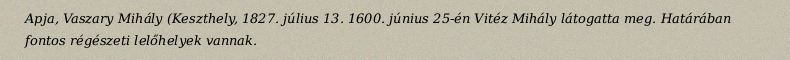
Apja, Vaszary Mihály (Keszthely, 1827. július 13. 1600. június 25-én Vitéz Mihály látogatta meg. Határában fontos régészeti lelőhelyek vannak.